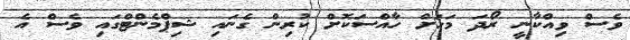
ވެސް ވިއްކާނީ ރޯދަ މަހަށް ހާއްސަކޮށް ކުރިން ގެނައި ޝިޕްމެންޓްގައި ވެސް އެ